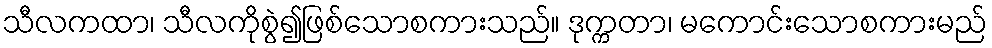
သီလကထာ၊ သီလကိုစွဲ၍ဖြစ်သောစကားသည်။ ဒုက္ကတာ၊ မကောင်းသောစကားမည်